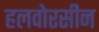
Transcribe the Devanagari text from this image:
हलवोरसीन